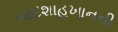
બાદશાહખાનની